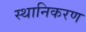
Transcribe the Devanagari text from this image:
स्थानिकरण